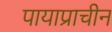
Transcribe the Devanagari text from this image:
पायाप्राचीन